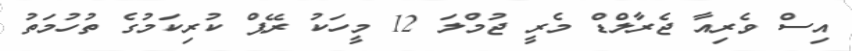
އިސް ވެރިއާ ޖެރާލްޑް މެރީ ޖުމްލަ 12 މީހަކު ރޭޕް ކުރިކަމުގެ ތުހުމަތު